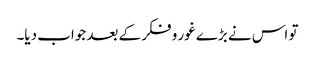
تو اس نے بڑے غور و فکر کے بعد جواب دیا۔